Bréfritari: Kristrún Jónsdóttir
Dagsetning: A-18XX-06-01
Skrifað á: Hólmum  S-Múl.
Trúlegast móðir bréfviðtakanda

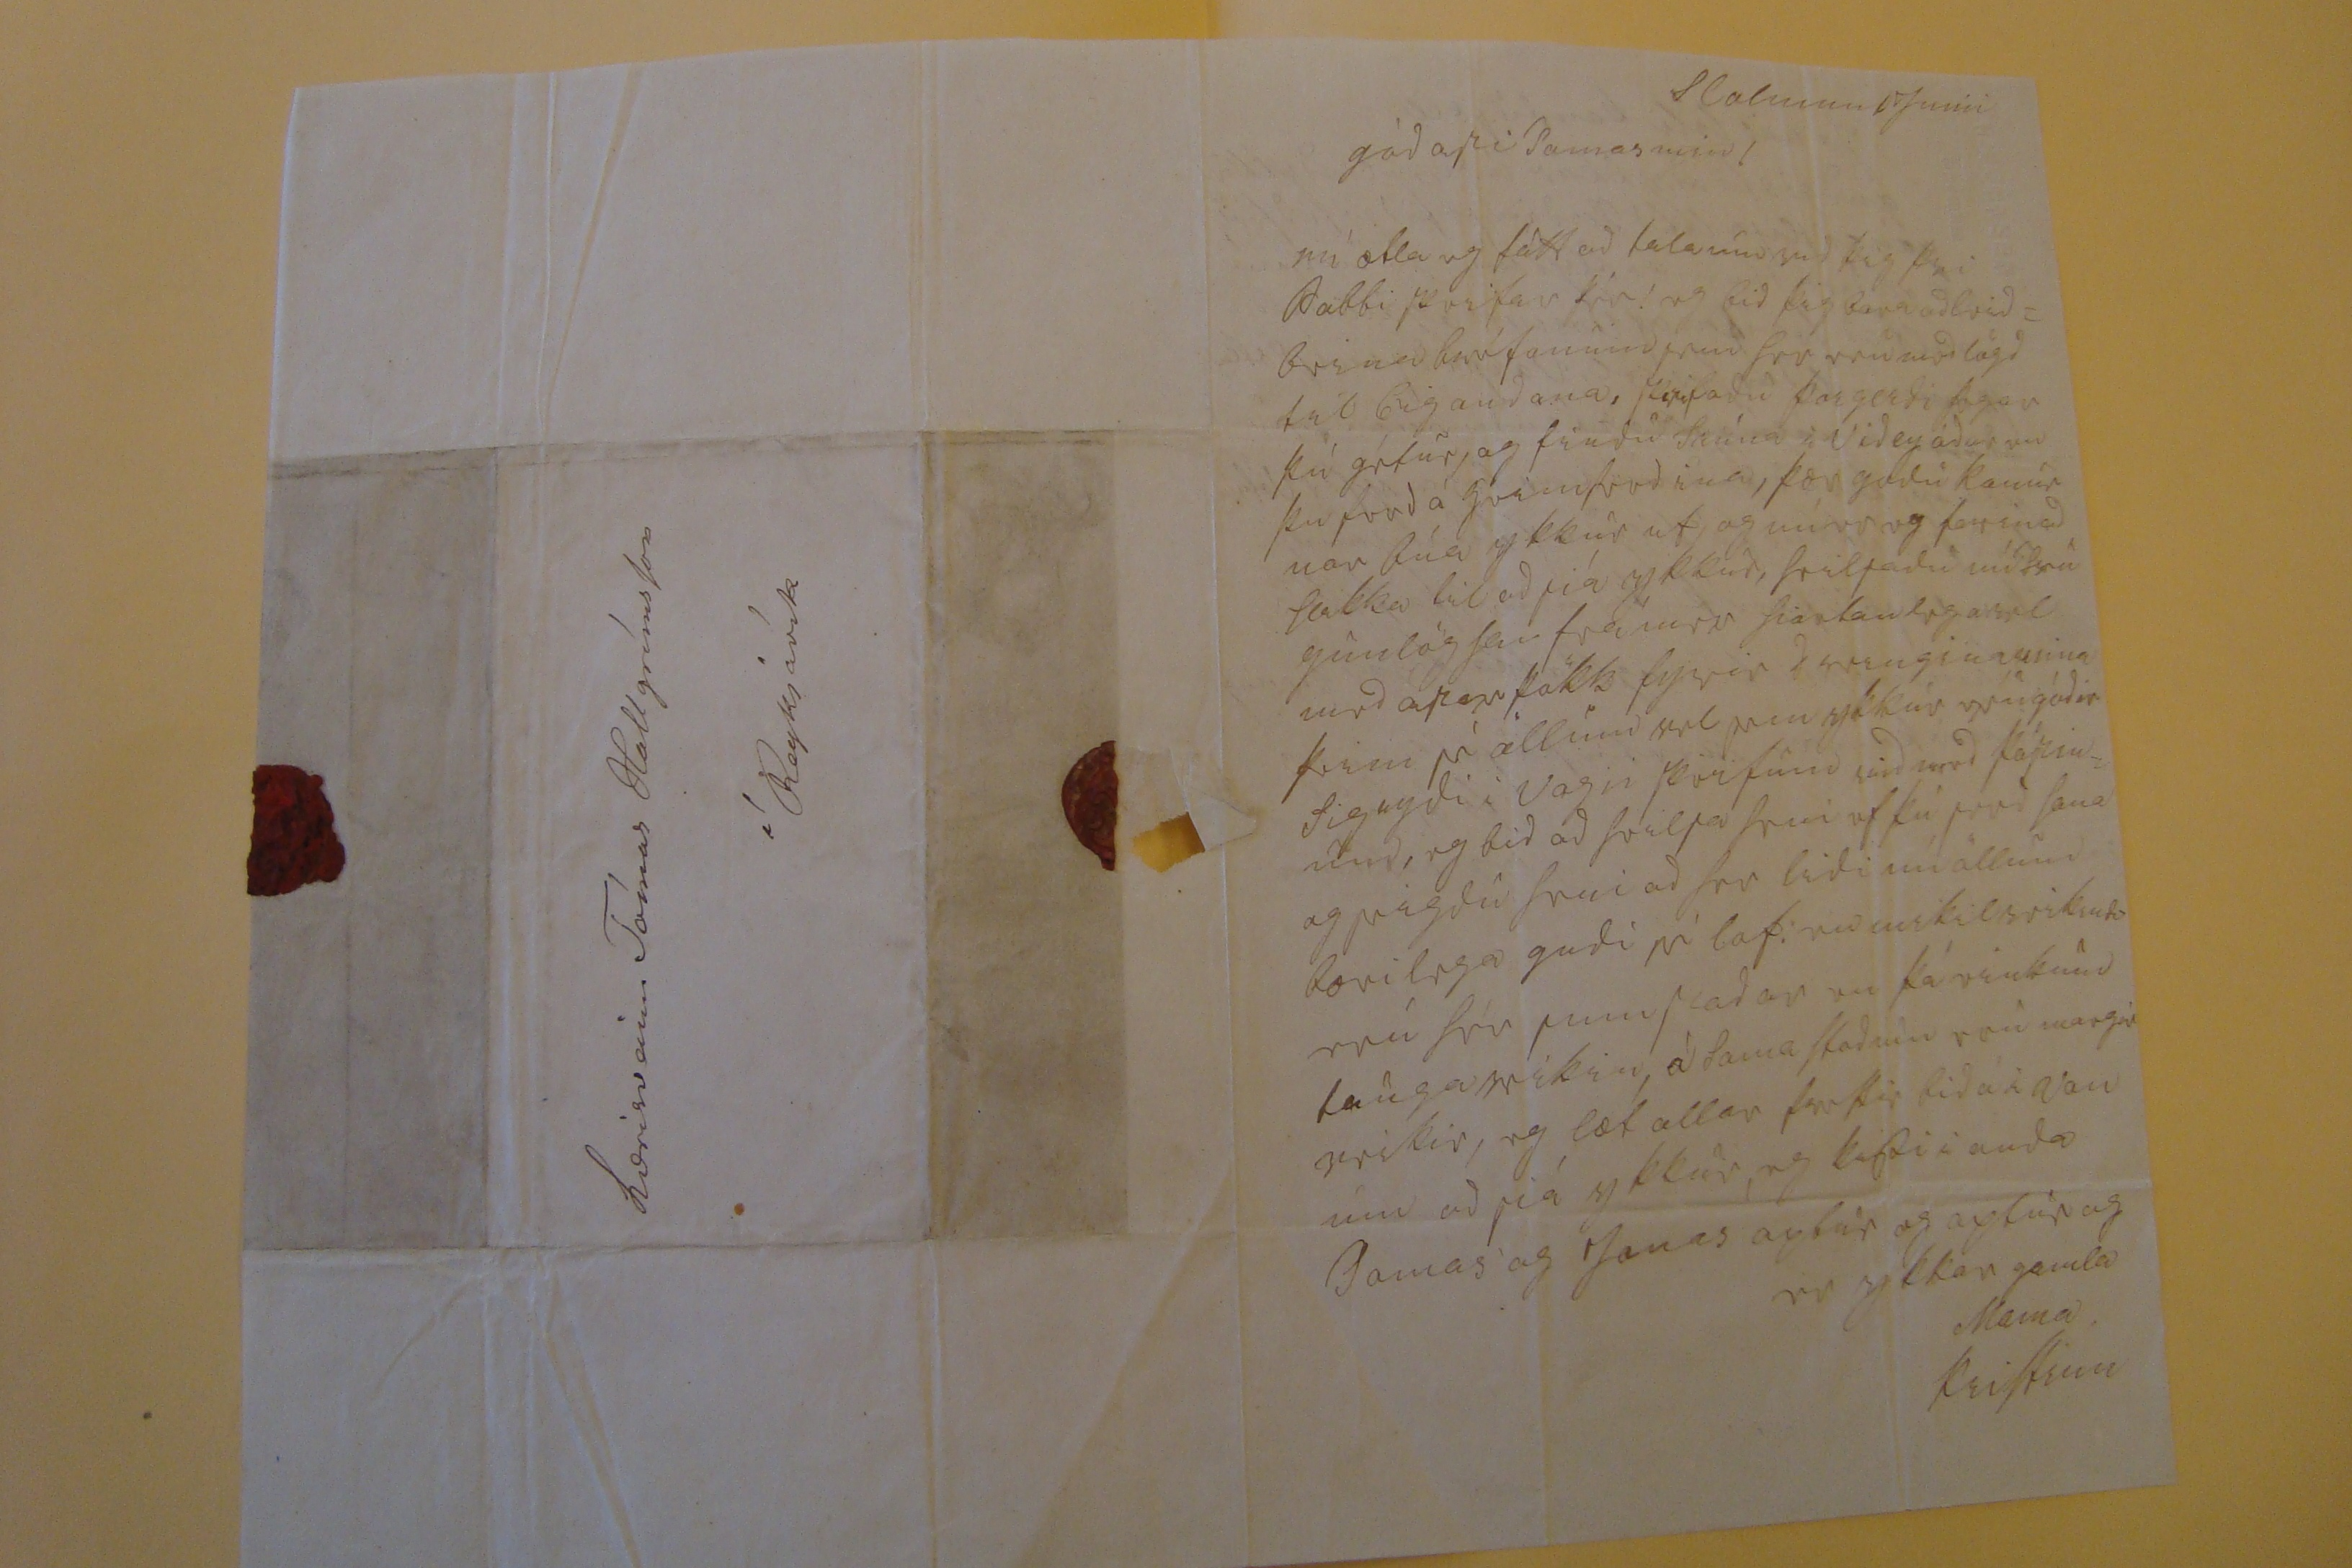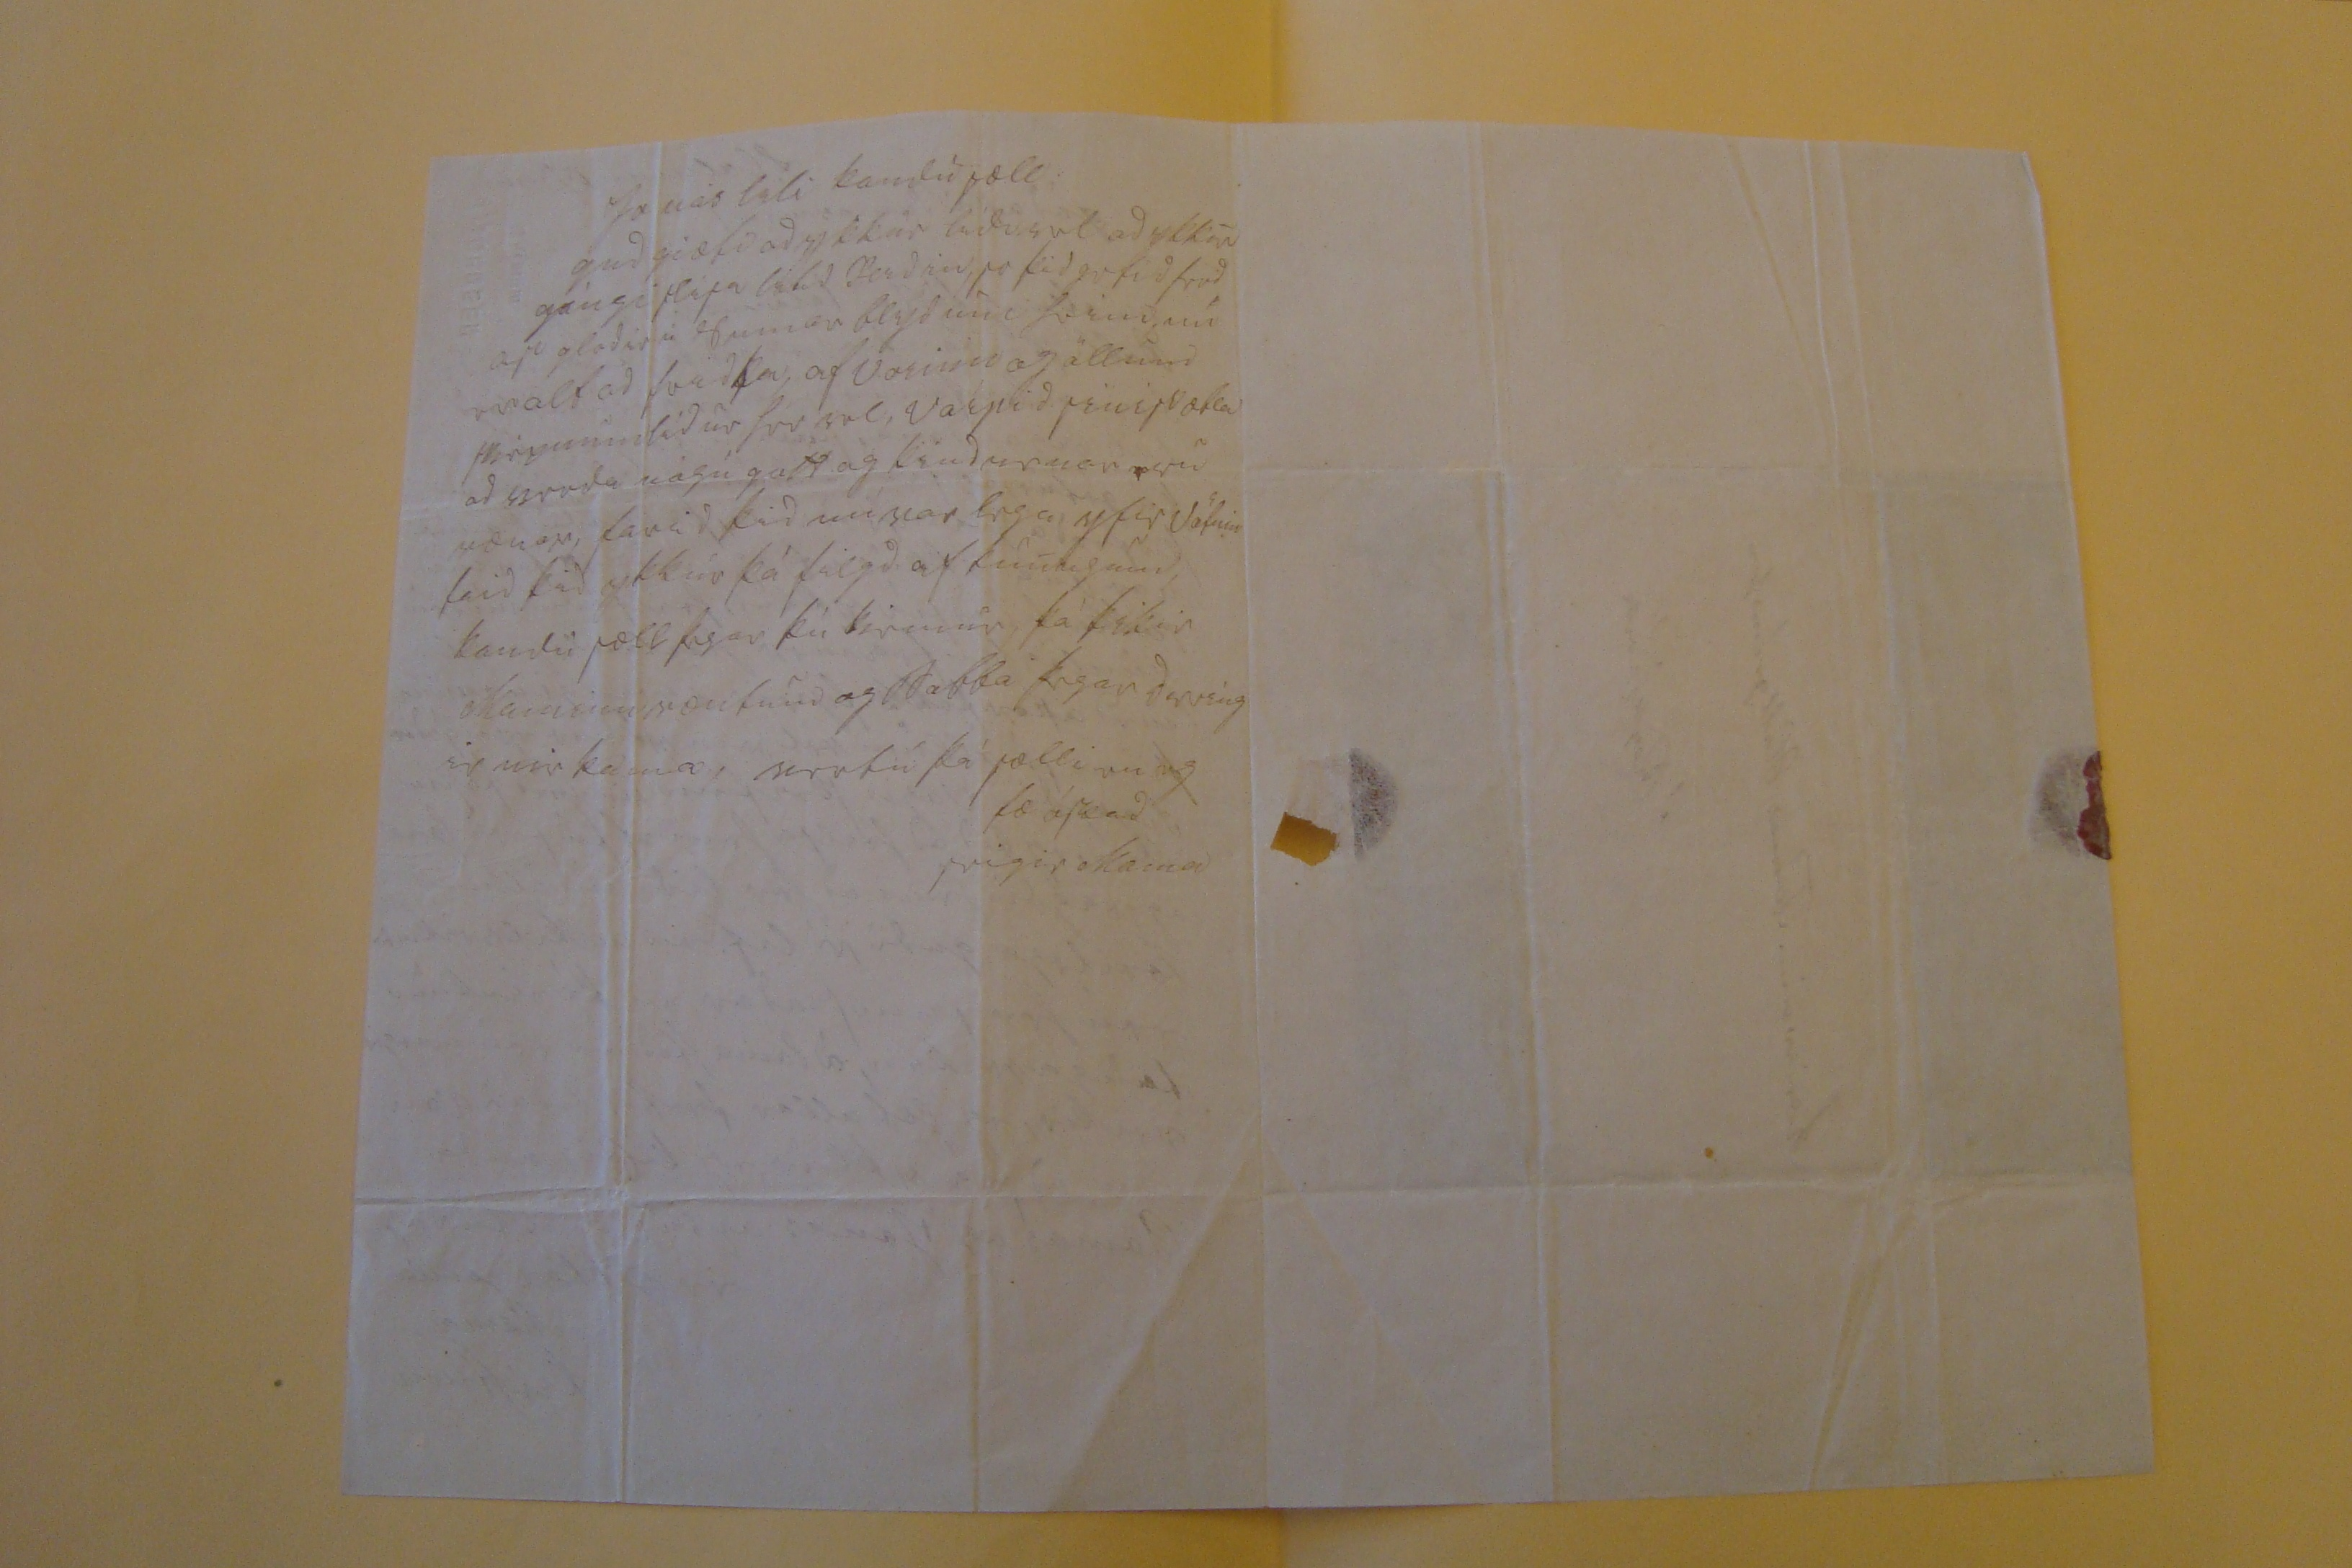

Holmum 1Juni
gódasiSamar
min!
nú ætla eg fátt ad tala um vid þig þvi Pabbi skrifar þér! eg bid þig bara ad leidbeina
bréfanum pru
Svo
raunverdlögd
tal Eigandana, Skrifadu þorgerdi þegar þú gétur, og findu Steína í Videy ádur en þu ferd á
GramSvadina
, þær godu konur var búa ykkur ut og míer og farin ad hlakka til ad sjá ykkur, heilSadu nú trú gunlög Sem framarr hiartanlegast med astar þök fyrir
I svenginasenina
þeim er öllum vel sem ykkur vongódir Sigugdi i Vogn Skrifum vid med kápinum, eg bid ad heilsa því af þú send Sona og Segdu Snui ad Ser lidi nú öllum bærilega gudi sé lof. nu mikilsviksudi má Ser sumStadar er þá viskuni laugarvíkin, á Sama Stadum sau margir veikir, eg læt allar þauttir bida i von um ad siá ykkur, og hafdi i anda Jamas og Janas aptur og aptur og er ykkar gamla
Mama,
Kristrun
Jonas lili kondu sæll
gud giæfi ad ykkur lidi vel ad ykkur gángi Húsa lífid Ferdin, So þid gefid frid ar gladir á sumar blyduni Sveninn er alt ad frdka, af vorinu og öllum
Hérumundíd
úr Svo sæl, varpid pinisvælta ad svoda nógu gott og ksudarnar nu vænar, farid þid nú var lega yfir Vatnin faid þad ykkur þá felgd af kun()legum kondu sæll þegar þú kemur, þá þikir Mamma væntum og Pabba þegar dareng ir mer þa ma, vertú þá sælli nu eg
fæ óskad
seigir Mama
lærisveinn Tómas HallgrímsSon
í Reykjavík